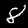
Digit: 8